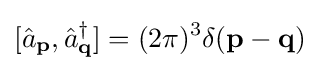
[{\hat {a}}_{\mathbf {p} },{\hat {a}}_{\mathbf {q} }^{\dagger }]=(2\pi )^{3}\delta (\mathbf {p} -\mathbf {q} )